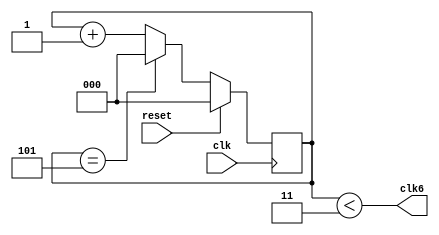
module divider6(
   input wire clk, 
   input wire reset,
   output wire clk6
);
reg [2:0] counter;
always @(posedge clk) 
begin
	if (reset) 
	begin
		counter <= 3'h0;
	end
	else begin
		counter <= (counter == 3'h5)? 3'h0 : counter + 1'b1;	
	end
end

assign clk6 = (counter < 3'h3);
  
endmodule